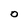
Character: O